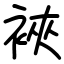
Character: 裌